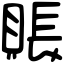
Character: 賬